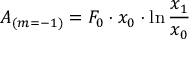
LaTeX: A _ { ( m = - 1 ) } = F _ { 0 } \cdot x _ { 0 } \cdot \ln { \frac { x _ { 1 } } { x _ { 0 } } }